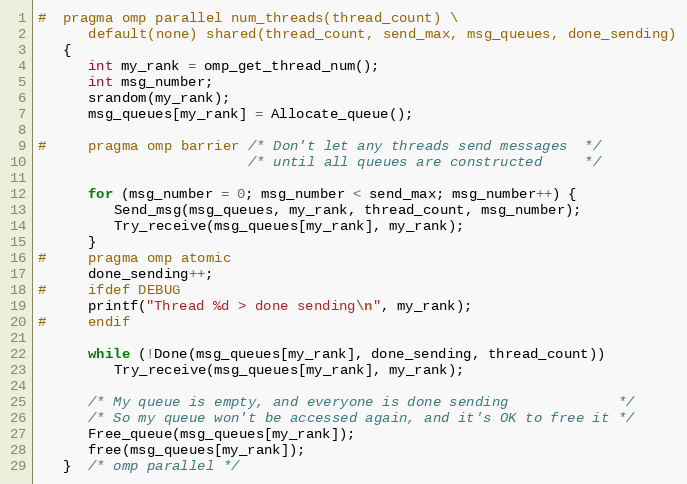
Language: C
#  pragma omp parallel num_threads(thread_count) \
      default(none) shared(thread_count, send_max, msg_queues, done_sending)
   {
      int my_rank = omp_get_thread_num();
      int msg_number;
      srandom(my_rank);
      msg_queues[my_rank] = Allocate_queue();

#     pragma omp barrier /* Don't let any threads send messages  */
                         /* until all queues are constructed     */

      for (msg_number = 0; msg_number < send_max; msg_number++) {
         Send_msg(msg_queues, my_rank, thread_count, msg_number);
         Try_receive(msg_queues[my_rank], my_rank);
      }
#     pragma omp atomic
      done_sending++;
#     ifdef DEBUG
      printf("Thread %d > done sending\n", my_rank);
#     endif

      while (!Done(msg_queues[my_rank], done_sending, thread_count))
         Try_receive(msg_queues[my_rank], my_rank);

      /* My queue is empty, and everyone is done sending             */
      /* So my queue won't be accessed again, and it's OK to free it */
      Free_queue(msg_queues[my_rank]);
      free(msg_queues[my_rank]);
   }  /* omp parallel */